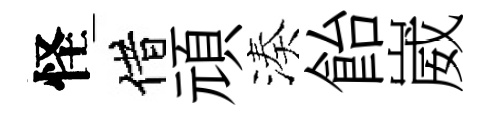
怪借頑湊飴崴